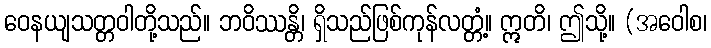
ဝေနယျသတ္တဝါတို့သည်။ ဘဝိဿန္တိ၊ ရှိသည်ဖြစ်ကုန်လတ္တံ့။ ဣတိ၊ ဤသို့။ (အဝေါစ၊